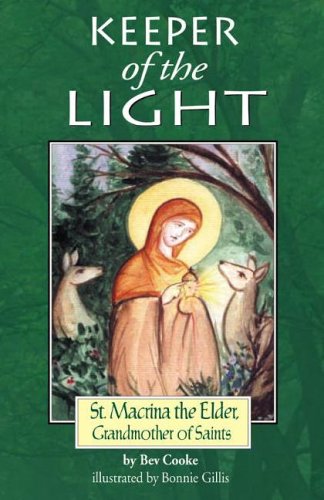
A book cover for Keeper of the Light: Saint Macrina the Elder, Grandmother of Saints; Bev Cooke; Teen & Young Adult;